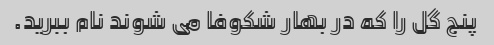
پنج گل را که در بهار شکوفا می شوند نام ببرید.